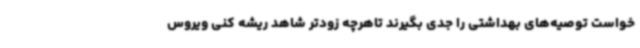
خواست توصیه‌های بهداشتی را جدی بگیرند تاهرچه زودتر شاهد ریشه کنی ویروس